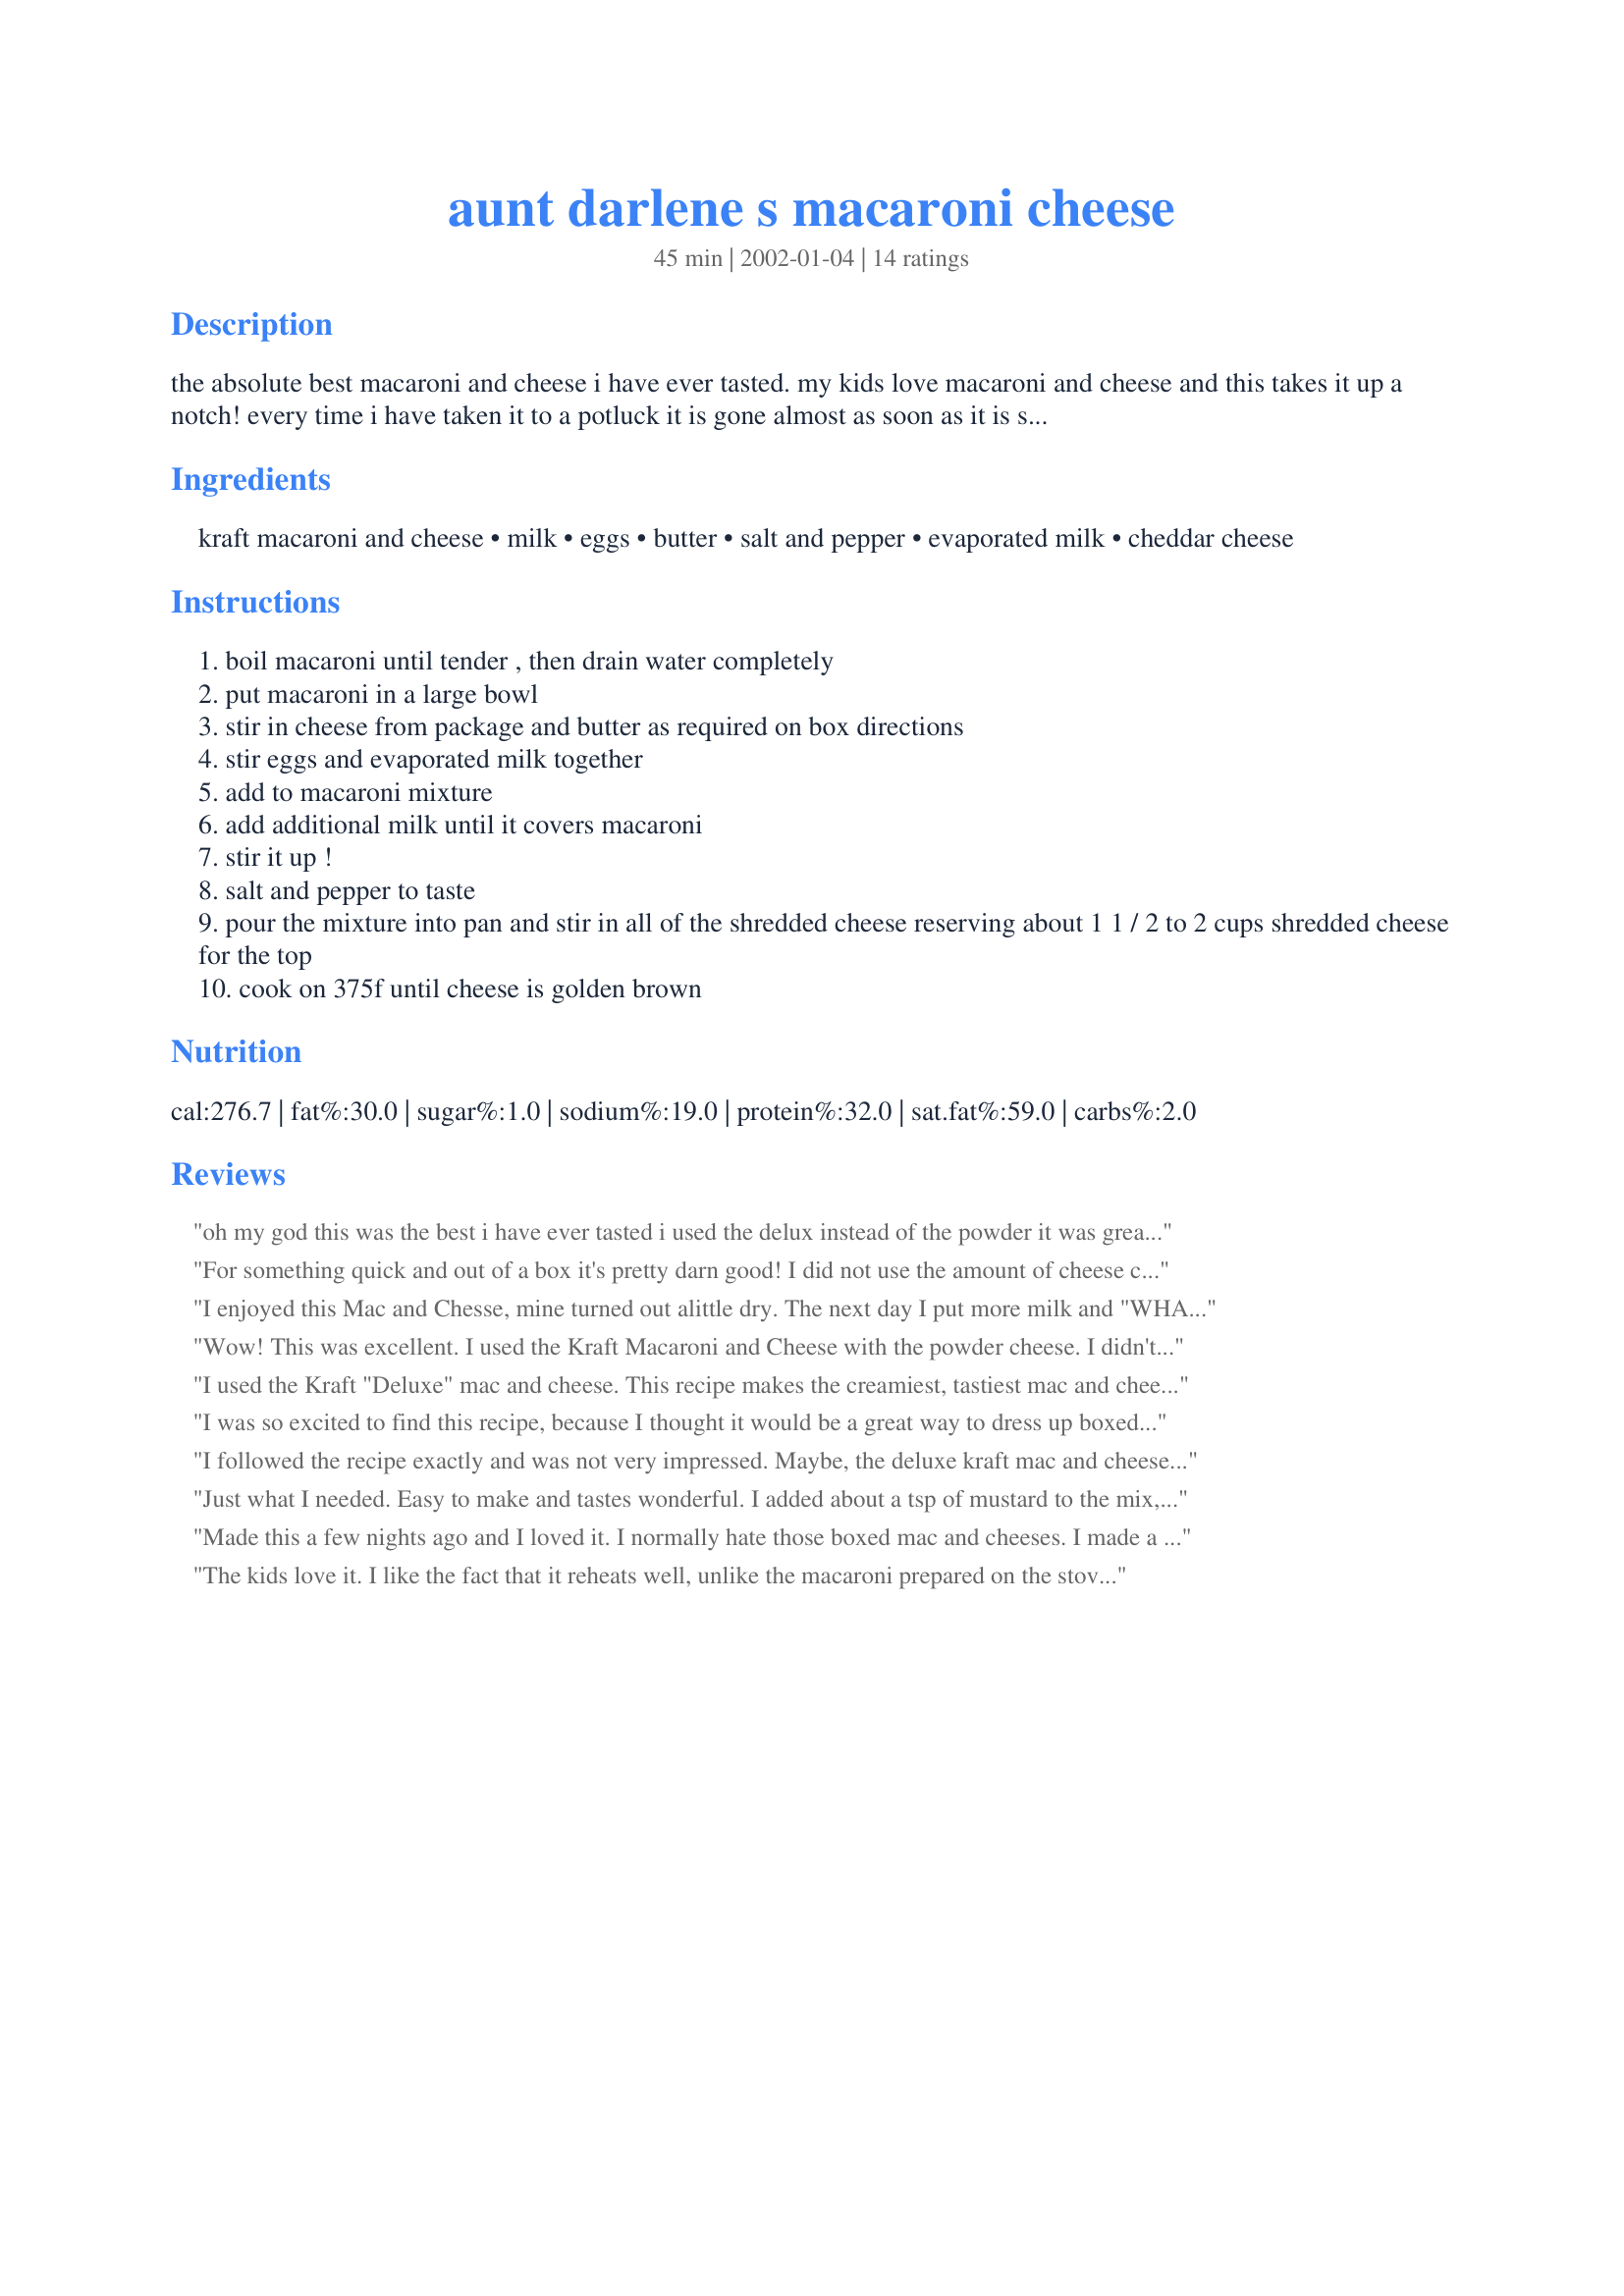
aunt darlene s macaroni cheese
Preparation time: 45 minutes

the absolute best macaroni and cheese i have ever tasted. my kids love macaroni and cheese and this takes it up a notch! every time i have taken it to a potluck it is gone almost as soon as it is set out.

Ingredients:
kraft macaroni and cheese, milk, eggs, butter, salt and pepper, evaporated milk, cheddar cheese

Steps:
boil macaroni until tender , then drain water completely
put macaroni in a large bowl
stir in cheese from package and butter as required on box directions
stir eggs and evaporated milk together
add to macaroni mixture
add additional milk until it covers macaroni
stir it up !
salt and pepper to taste
pour the mixture into pan and stir in all of the shredded cheese reserving about 1 1 / 2 to 2 cups shredded cheese for the top
cook on 375f until cheese is golden brown

Reviews:
oh my god this was the best i have ever tasted i used the delux instead of the powder it was great the true test was when i reheated the left overs I hate left over mac and cheese but this recipe you could not tell it tasted fresh made
For something quick and out of a box it's pretty darn good! I did not use the amount of cheese called for, just because it sounds like a heart attack waiting to happen. Don't get me wrong, the dish I turned out wasn't lo-cal by any means, but I think this recipe is cheesy enough without adding all the extra calories and fat. I used SmartBalance for the butter, and instead of using that much cheddar cheese, I just placed a single layer of cheese singles (3-4 slices in all) in between the macaroni layers. That was enough to add some extra creaminess. I topped the dish with breadcrumbs. This recipe really does make a lot. It's not going to replace my homemade mac and cheese, but at least now I'm looking forward to using those boxes of mac and cheese dinner I got on sale that I didn't know if I was ever going to use!
I enjoyed this Mac and Chesse, mine turned out alittle dry. The next day I put more milk and "WHAM" it was perfect. Thanks
Wow! This was excellent. I used the Kraft Macaroni and Cheese with the powder cheese. I didn't have shredded cheddar cheese so I used 2 bags of Mexican blend cheese. Make sure you use enough milk. I don't think you can add too much. You have to keep adding as it goes inside the noodles. I put it in a 9 x 13 glass dish. I baked it for 30 minutes and it came out perfect. It firms up a bit if you let it sit for 15 minutes before serving. GREAT RECIPE. Thanks for sharing.
I used the Kraft "Deluxe" mac and cheese. This recipe makes the creamiest, tastiest mac and cheese ever. Makes a large casserole though--if you don't have a bunch of people to help you eat it, cut the recipe in half! It would be great for a potluck!
I was so excited to find this recipe, because I thought it would be a great way to dress up boxed madc & cheese. However, I was a little disappointed in the results of this recipe. I used Kraft mac & chesse with the powdered cheese packets and while it smelt wonderful and had a good flavor, the mac & cheese came out very gritty. I followed the directions, using 1/2 cup butter, 1/4 cup milk and only 1 8 oz package of Medium Cheddar Cheese. If I make this again, I will use the Kraft "Deluxe" mac and cheese.
I followed the recipe exactly and was not very impressed. Maybe, the deluxe kraft mac and cheese is the way to go.
Just what I needed. Easy to make and tastes wonderful. I added about a tsp of mustard to the mix, and some crunched up potato chips between the 2 layers of mac for a little something extra. Loved it!
Made this a few nights ago and I loved it. I normally hate those boxed mac and cheeses. I made a promise to myself that I would not do any more grocery shopping until I used most of what I had in my pantry. This recipe just made everything turn out wonderfully. The flavor was right on point. This was extremely easy and quick. Just remember to add the cheese and butter as you would on the package and add enough milk to cover the macaroni.
The kids love it. I like the fact that it reheats well, unlike the macaroni prepared on the stovetop. I've made it both from the powder mix and the cheese pouches. Both were good, but the cheese pouch was much creamier.
I am trying to clean out my cupboard and make what I have stretch until payday after some unexpected expenses. I had a box of mac & cheese and the rest of the ingredients in the fridge so I cut the recipe in half and made this. I'm glad I did, because even half the recipe made a TON. This was definitely good fresh out of the oven, but there was a ton leftover and the more we ate it, the less we liked it. If I make this again I'll make sure to have a bigger crowd to feed so there are fewer leftovers.
Wow- you turned my cheap box of mac and cheese into something special! I halved the recipe, and mixed in some softened cream cheese (about 1/4 cup) that needed to be used up. I put it all into a 9" glass pie pan, topped it with 3 slices of american cheese and 1c shredded cheddar. Was it ever amazing! Thanks for posting!
This was very good. I just used two regular boxes of mac and cheese and added extra liquid based on some of the reviews. I diced up some mozz. cheese and it was nice and gooey.
Made this with Thanksgiving dinner in 2009 for the kids who may not like some of the other choices, but the parents loved it too. Everyone raved that it was the best they've had in a long time. So simple, yet really good. Thank you Sharlene for sharing.
